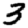
Digit: 3